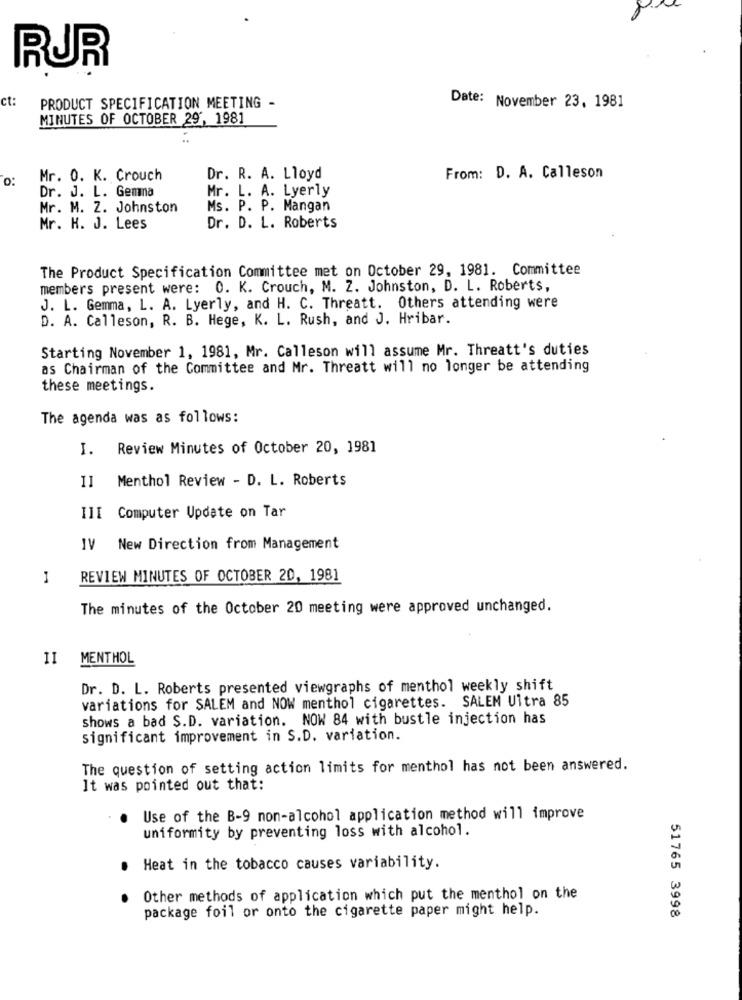
RUR
ct:
PRODUCT SPECIFICATION MEETING -
Date: November 23, 1981
MINUTES OF OCTOBER 29', 1981
O:
Mr. 0. K. Crouch
Dr. R. A. Lloyd
From: D. A. Calleson
Dr. J. L. Gemna
Mr. L. A. Lyerly
Mr. M. Z. Johnston
Ms. P. P. Mangan
Mr. H. J. Lees
Dr. D. L. Roberts
The Product Specification Committee met on October 29, 1981. Committee
members present were: 0. K. Crouch, M. Z. Johnston, D. L. Roberts,
J. L. Gemma, L. A. Lyerly, and H. C. Threatt. Others attending were
D. A. Calleson, R. B. Hege, K. L. Rush, and J. Hribar.
Starting November 1, 1981, Mr. Calleson will assume Mr. Threatt's duties
as Chairman of the Committee and Mr. Threatt will no longer be attending
these meetings.
The agenda was as follows:
I.
Review Minutes of October 20, 1981
Menthol Review - D. L. Roberts
11
III Computer Update on Tar
IV New Direction from Management
REVIEW MINUTES OF OCTOBER 20, 1981
The minutes of the October 20 meeting were approved unchanged.
II
MENTHOL
Dr. D. L. Roberts presented viewgraphs of menthol weekly shift
variations for SALEM and NOW menthol cigarettes. SALEM Ultra 85
shows a bad S.D. variation. NOW 84 with bustle injection has
significant improvement in S.D. variation.
The question of setting action limits for menthol has not been answered.
It was pointed out that:
Use of the B-9 non-alcohol application method will improve
uniformity by preventing loss with alcohol.
Heat in the tobacco causes variability.
Other methods of application which put the menthol on the
package foil or onto the cigarette paper might help.
51765 3998